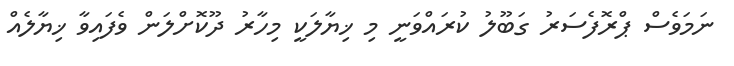
ނަމަވެސް ޕްރޮފެސަރު ގަބޫލު ކުރައްވަނީ މި ޚިޔާލަކީ މިހާރު ދޫކޮށްލަން ވެފައިވާ ޚިޔާލެއް